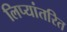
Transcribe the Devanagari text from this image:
लिप्यांतरित